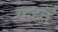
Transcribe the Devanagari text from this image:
कहतॅ